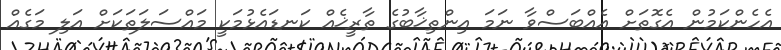
އެހެންކަމުން އެގޮތަށް އެއްބަސްވާ ނަމަ އިންތިޚާބުގެ ތާރީޚެއް ކަނޑައެޅުމަކީ މައްސަލަތަކަށް އަލި މަގެއް